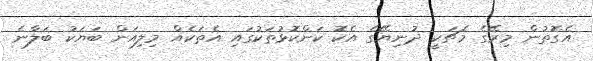
އެގޮތުން މިރޭގެ މެޗަކީ ދުނިޔޭގެ އެކޮ ކަންކޮޅުތަކުގައި އެތަކެއް މިލިއަން ބަޔަކު ބަލާނެ